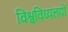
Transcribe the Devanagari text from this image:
विश्वविध्यलयों